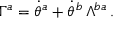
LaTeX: \Gamma ^ { a } = \dot { \theta } ^ { a } + \dot { \theta } ^ { b } \, \Lambda ^ { b a } \, .